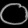
Digit: ၀